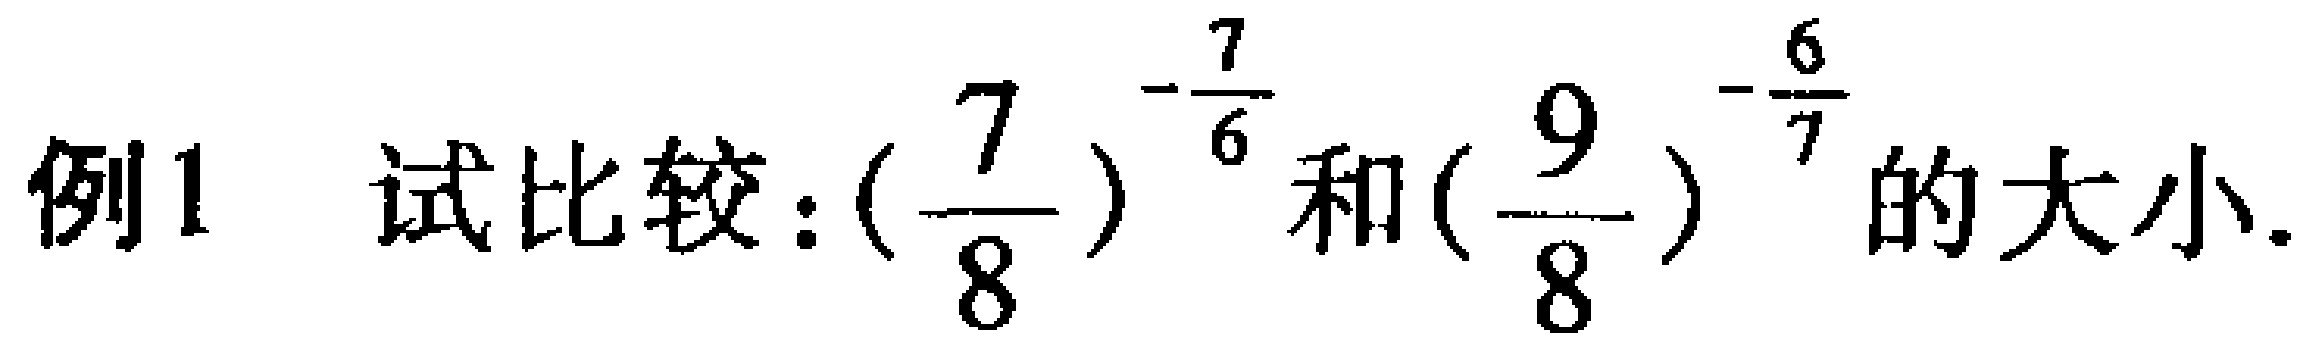
例1 试比较:\((\frac{7}{8})^{-\frac{7}{6}}\)和\((\frac{9}{8})^{-\frac{6}{7}}\)的大小.